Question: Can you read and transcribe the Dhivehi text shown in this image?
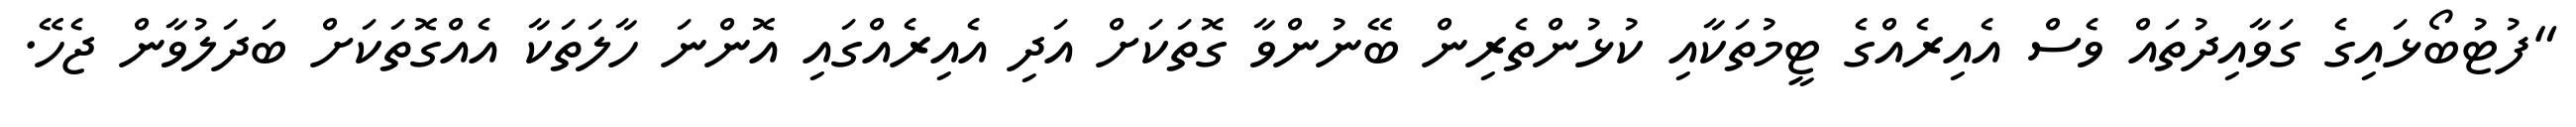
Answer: "ފުޓުބޯޅައިގެ ގަވާއިދުތައް ވެސް އެއިރެއްގެ ޓީމުތަކާއި ކުޅުންތެރިން ބޭނުންވާ ގޮތަކަށް އަދި އެއިރެއްގައި އޮންނަ ހާލަތަކާ އެއްގޮތަކަށް ބަދަލުވާން ޖެހޭ.